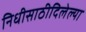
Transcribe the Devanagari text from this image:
निधीसाठीदिलेल्या